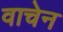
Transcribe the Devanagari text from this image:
वाचेन